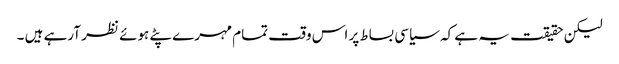
لیکن حقیقت یہ ہے کہ سیاسی بساط پر اس وقت تمام مہرے پٹے ہوئے نظر آرہے ہیں ۔